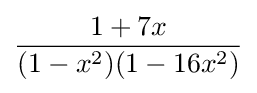
{\frac {1+7x}{(1-x^{2})(1-16x^{2})}}